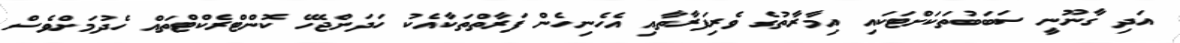
އަދި ގާނޫނީ ސަބަބުތަކަށްޓަކައި އިމާރާތުގެ ވެރިފަރާތާއި އެހެނިހެން ފަރާތްތަކާއެކު ހަދަންޖެހޭ ކޮންޓްރެކްޓްތައް ހެދުމަށްވެސް